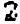
2